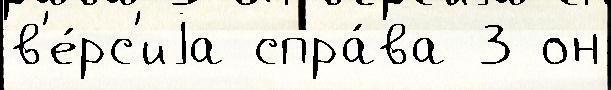
в'е́рс'иjа спра́ва 3 он